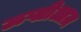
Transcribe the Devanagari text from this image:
ऊप्लीआज़